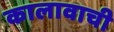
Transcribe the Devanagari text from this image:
कालावाची